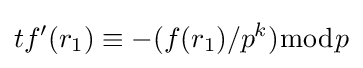
tf'(r_{1})\equiv -(f(r_{1})/p^{k}){\bmod {p}}